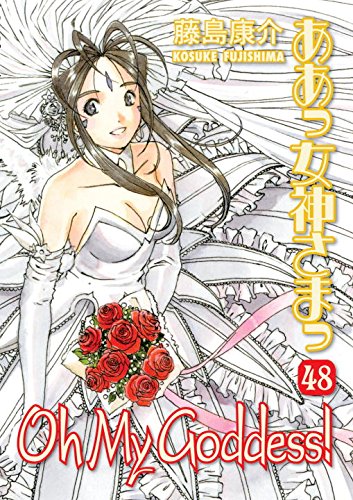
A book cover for Oh My Goddess! Volume 48; Kosuke Fujishima; Comics & Graphic Novels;